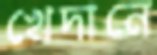
খেদানে